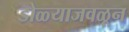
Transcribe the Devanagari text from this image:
डोळ्याजवळून